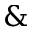
\&